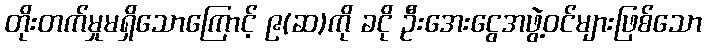
တိုးတက်မှုမရှိသောကြောင့် ၉(ဆ)ကို ခငို ဦးအေးငွေအဖွဲ့ဝင်များဖြစ်သော